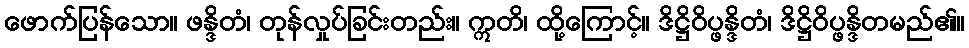
ဖောက်ပြန်သော။ ဖန္ဒိတံ၊ တုန်လှုပ်ခြင်းတည်း။ ဣတိ၊ ထို့ကြောင့်။ ဒိဋ္ဌိဝိပ္ဖန္ဒိတံ၊ ဒိဋ္ဌိဝိပ္ဖန္ဒိတမည်၏။